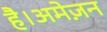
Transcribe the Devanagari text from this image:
है।अमेज़न